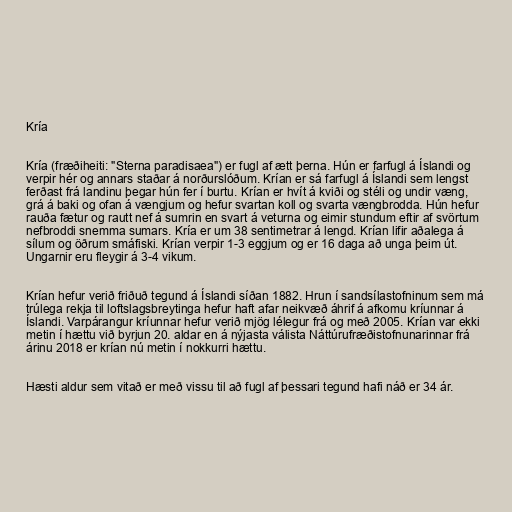
Kría

Kría (fræðiheiti: "Sterna paradisaea") er fugl af ætt þerna. Hún er farfugl á Íslandi og
verpir hér og annars staðar á norðurslóðum. Krían er sá farfugl á Íslandi sem lengst
ferðast frá landinu þegar hún fer í burtu. Krían er hvít á kviði og stéli og undir væng,
grá á baki og ofan á vængjum og hefur svartan koll og svarta vængbrodda. Hún hefur
rauða fætur og rautt nef á sumrin en svart á veturna og eimir stundum eftir af svörtum
nefbroddi snemma sumars. Kría er um 38 sentimetrar á lengd. Krían lifir aðalega á
sílum og öðrum smáfiski. Krían verpir 1-3 eggjum og er 16 daga að unga þeim út.
Ungarnir eru fleygir á 3-4 vikum.

Krían hefur verið friðuð tegund á Íslandi síðan 1882. Hrun í sandsílastofninum sem má
trúlega rekja til loftslagsbreytinga hefur haft afar neikvæð áhrif á afkomu kríunnar á
Íslandi. Varpárangur kríunnar hefur verið mjög lélegur frá og með 2005. Krían var ekki
metin í hættu við byrjun 20. aldar en á nýjasta válista Náttúrufræðistofnunarinnar frá
árinu 2018 er krían nú metin í nokkurri hættu.

Hæsti aldur sem vitað er með vissu til að fugl af þessari tegund hafi náð er 34 ár.